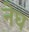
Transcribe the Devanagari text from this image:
नेघ